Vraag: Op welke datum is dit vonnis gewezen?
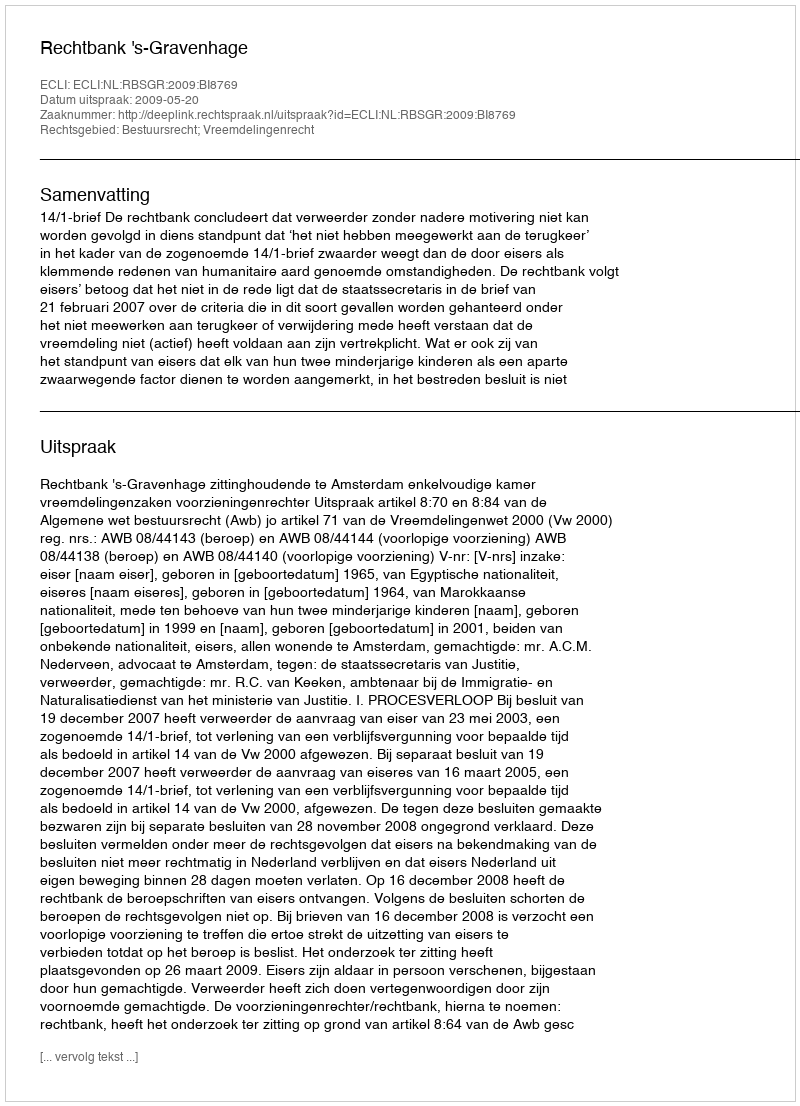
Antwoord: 2009-05-20